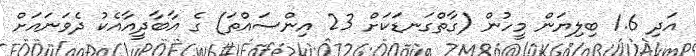
އަދި 1.6 ބިލިޔަން މީހުން (ގާތްގަނޑަކަށް 23 އިންސައްތަ) ގެ އާބާދީއާއެކު ދެވަނައަށް